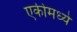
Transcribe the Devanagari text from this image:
एकीमध्ये